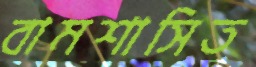
বামশাসিত